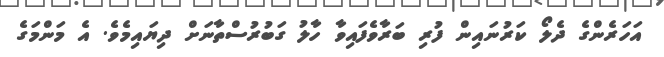
އަހަރެންގެ ދެލޯ ކަރުނައިން ފުރި ބަރާވެފައިވާ ހާލު ގަބުރުސްތާނަށް ދިޔައިމެވެ. އެ މަންމަގެ